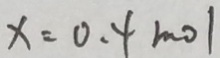
x = 0 . 4 m o l